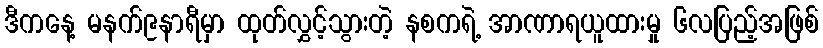
ဒီကနေ့ မနက်၉နာရီမှာ ထုတ်လွှင့်သွားတဲ့ နစကရဲ့ အာဏာရယူထားမှု ၆လပြည့်အဖြစ်